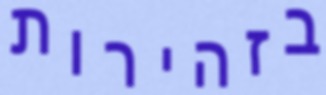
בזהירות